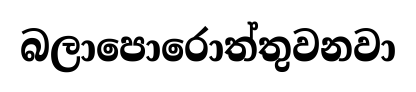
බලාපොරොත්තුවනවා